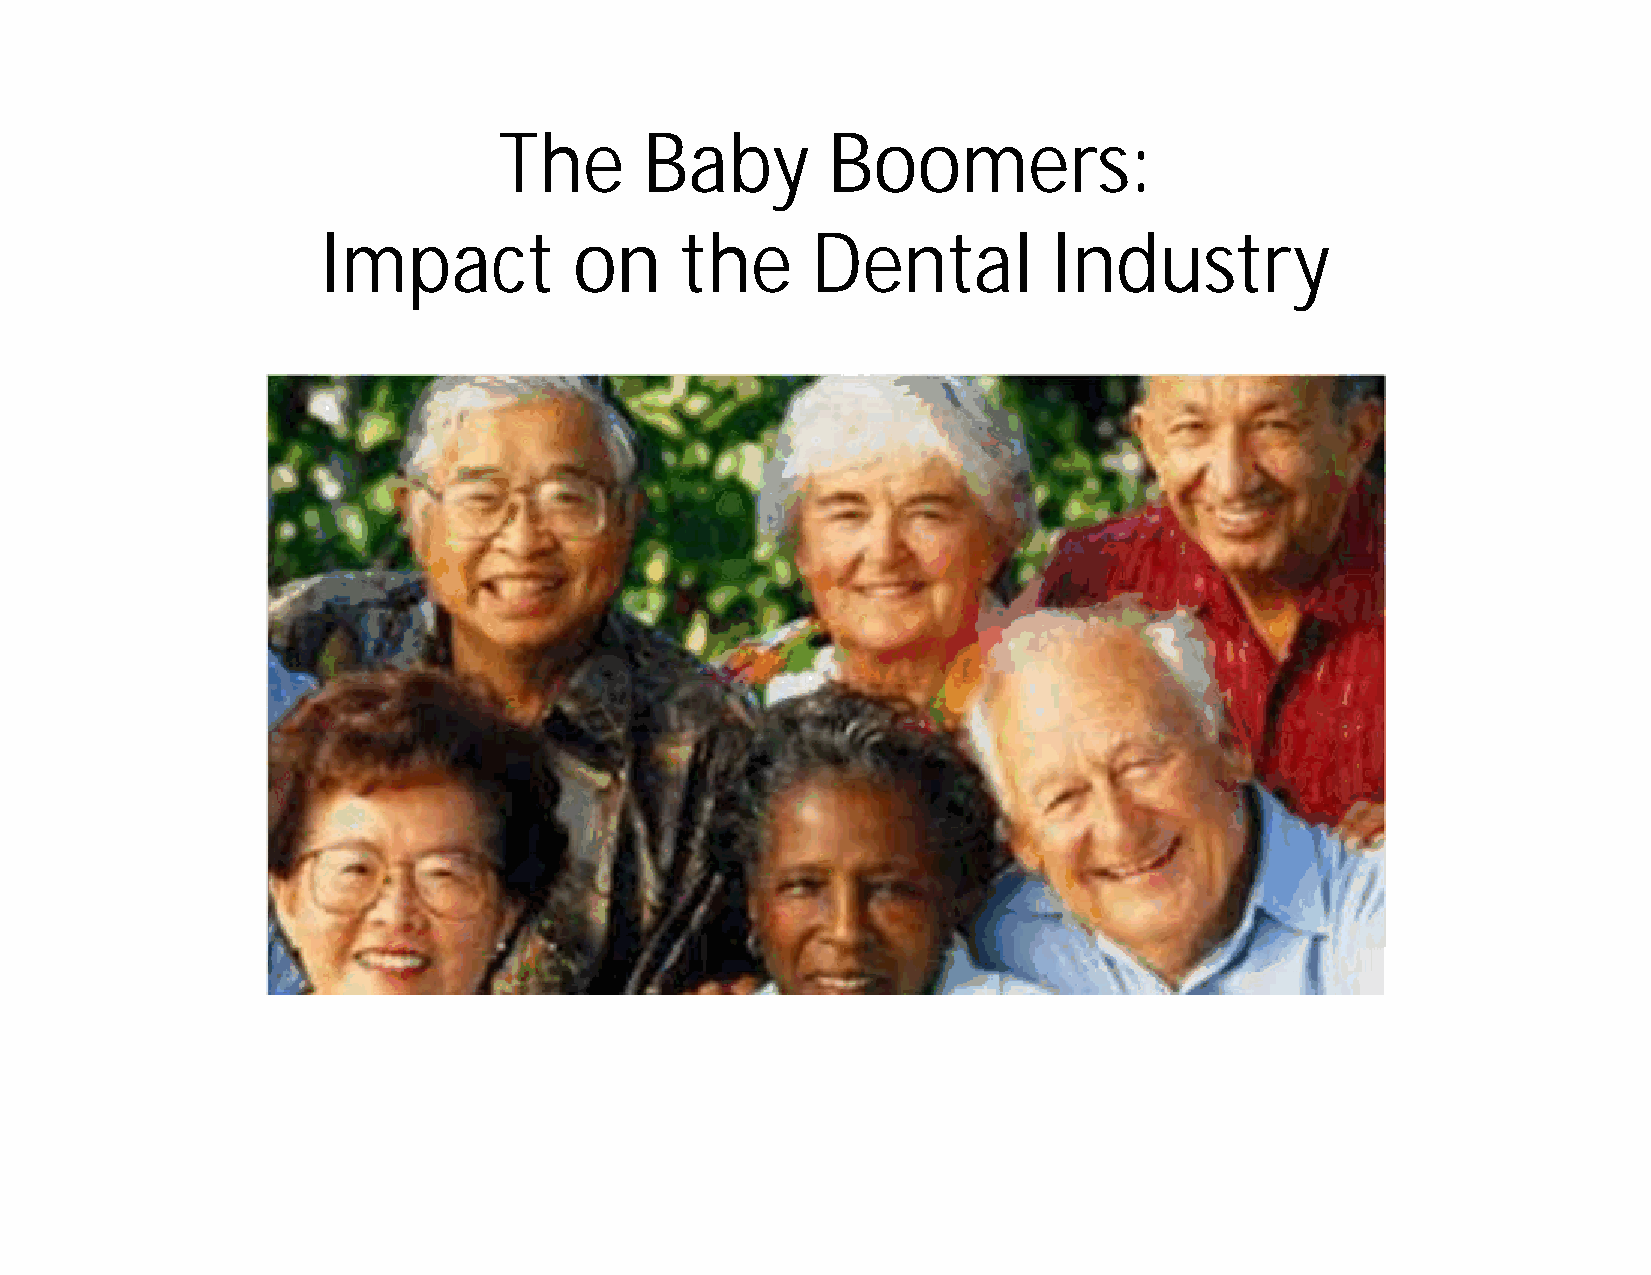
The       Baby        Boomers:
 Impact           on     the      Dental          Industry